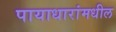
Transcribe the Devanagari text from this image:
पायाधारांमधील